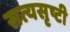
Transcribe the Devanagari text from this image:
सत्यसृष्टी